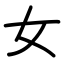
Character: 女